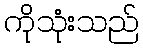
ကိုသုံးသည်